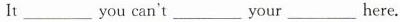
It___you can't___your___here.